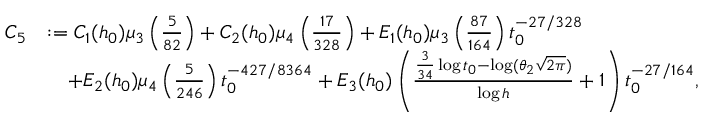
\begin{array} { r l } { C _ { 5 } } & { : = C _ { 1 } ( h _ { 0 } ) \mu _ { 3 } \left( \frac { 5 } { 8 2 } \right) + C _ { 2 } ( h _ { 0 } ) \mu _ { 4 } \left( \frac { 1 7 } { 3 2 8 } \right) + E _ { 1 } ( h _ { 0 } ) \mu _ { 3 } \left( \frac { 8 7 } { 1 6 4 } \right) t _ { 0 } ^ { - 2 7 / 3 2 8 } } \\ & { \quad + E _ { 2 } ( h _ { 0 } ) \mu _ { 4 } \left( \frac { 5 } { 2 4 6 } \right) t _ { 0 } ^ { - 4 2 7 / 8 3 6 4 } + E _ { 3 } ( h _ { 0 } ) \left( \frac { \frac { 3 } { 3 4 } \log t _ { 0 } - \log ( \theta _ { 2 } \sqrt { 2 \pi } ) } { \log h } + 1 \right) t _ { 0 } ^ { - 2 7 / 1 6 4 } , } \end{array}